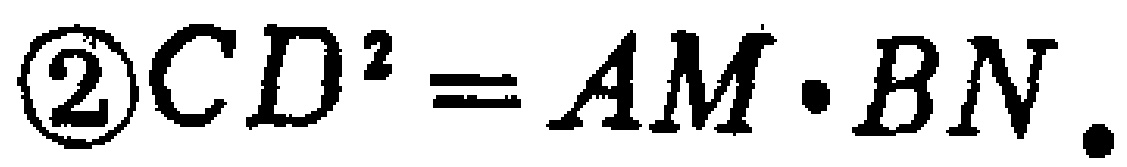
\textcircled{2}$CD^{2}=AM\cdot BN$.